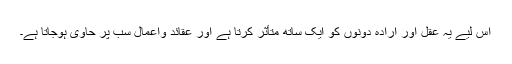
اس لیے یہ عقل اور ارادہ دونوں کو ایک ساتھ متأثر کرتا ہے اور عقائد واعمال سب پر حاوی ہوجاتا ہے۔